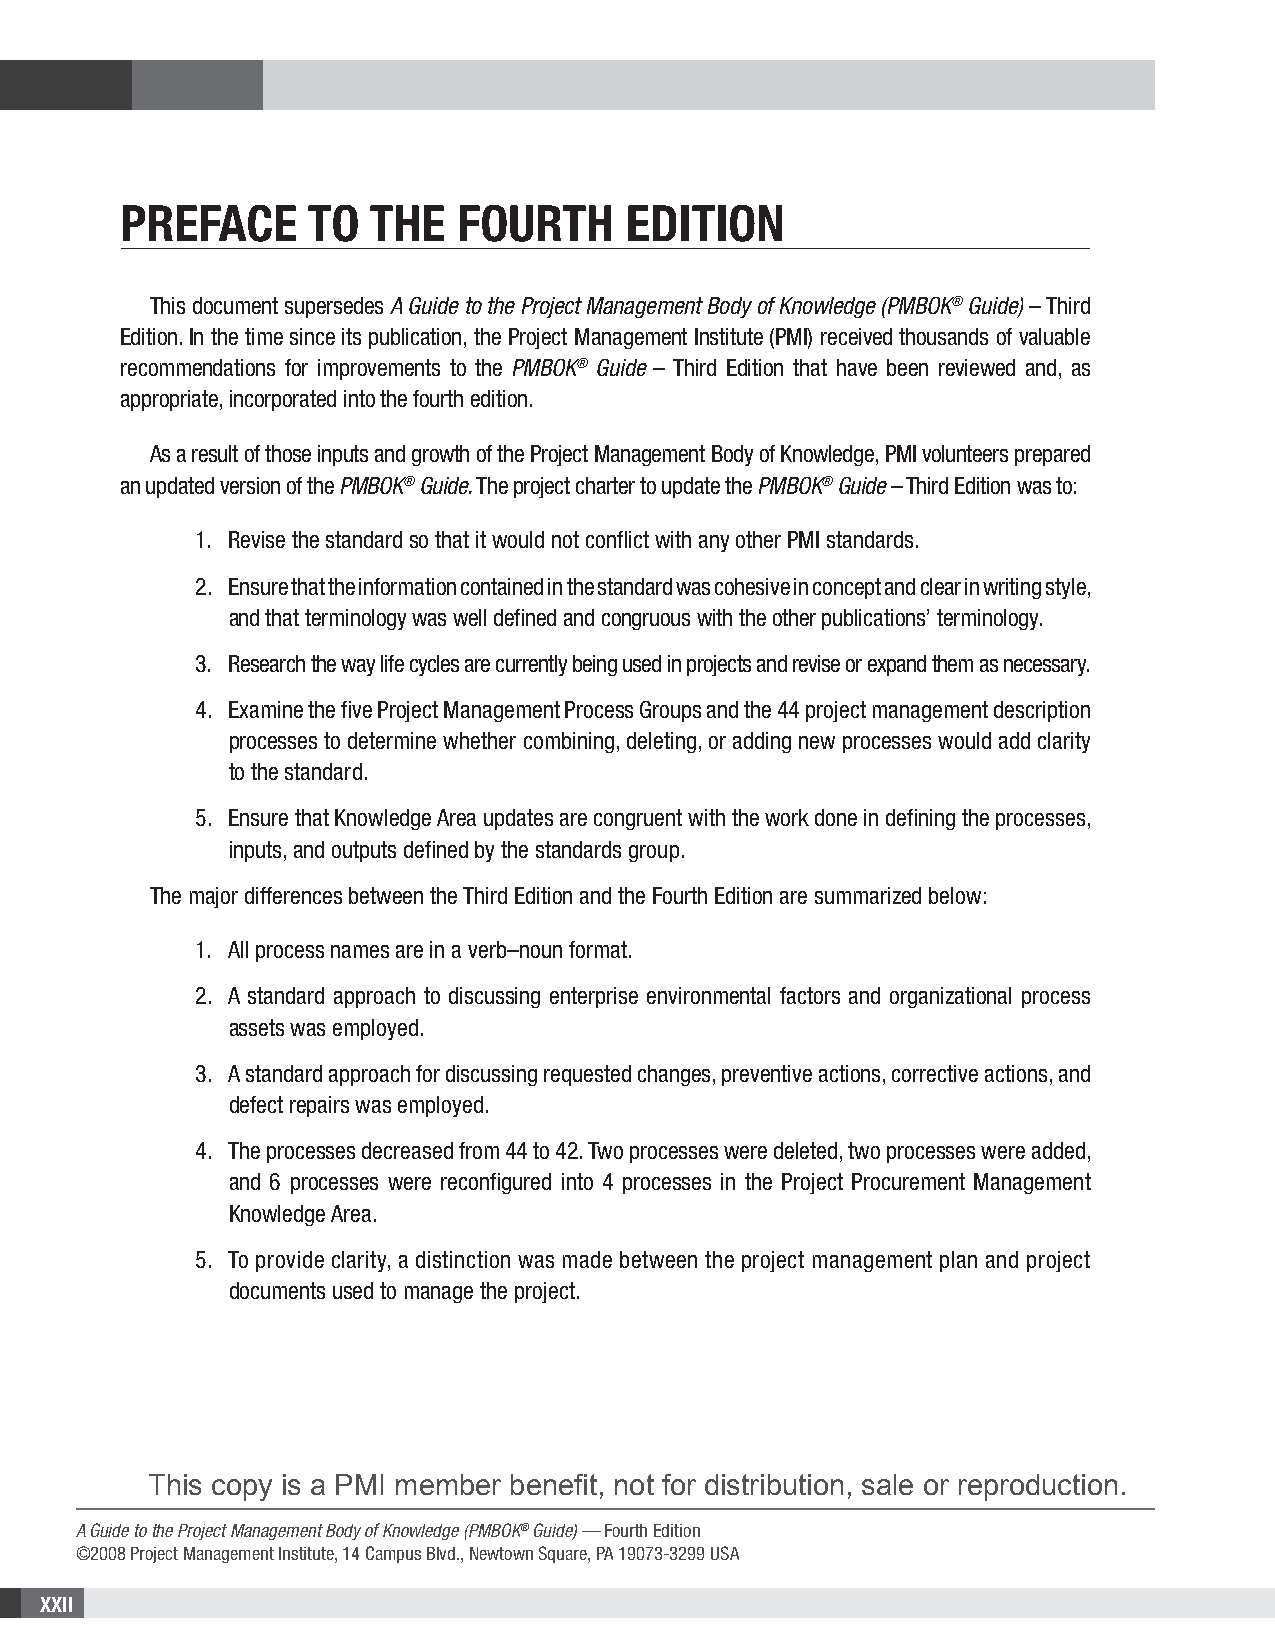
PrEfAcE      to  thE  fourth      Edition
 This document supersedes A Guide to the Project Management Body of Knowledge (PMBOK® Guide) – Third
 Edition. In the time since its publication, the Project Management Institute (PMI) received thousands of valuable
 recommendations for improvements to the PMBOK® Guide – Third Edition that have been reviewed and, as
 appropriate, incorporated into the fourth edition.
 As a result of those inputs and growth of the Project Management Body of Knowledge, PMI volunteers prepared
 an updated version of the PMBOK® Guide. The project charter to update the PMBOK® Guide – Third Edition was to:
 1. Revise the standard so that it would not conflict with any other PMI standards.
 2. Ensure that the information contained in the standard was cohesive in concept and clear in writing style,
 and that terminology was well defined and congruous with the other publications’ terminology.
 3. Research the way life cycles are currently being used in projects and revise or expand them as necessary.
 4. Examine the five Project Management Process Groups and the 44 project management description
 processes to determine whether combining, deleting, or adding new processes would add clarity
 to the standard.
 5. Ensure that Knowledge Area updates are congruent with the work done in defining the processes,
 inputs, and outputs defined by the standards group.
 The major differences between the Third Edition and the Fourth Edition are summarized below:
 1. All process names are in a verb–noun format.
 2. A standard approach to discussing enterprise environmental factors and organizational process
 assets was employed.
 3. A standard approach for discussing requested changes, preventive actions, corrective actions, and
 defect repairs was employed.
 4. The processes decreased from 44 to 42. Two processes were deleted, two processes were added,
 and 6 processes were reconfigured into 4 processes in the Project Procurement Management
 Knowledge Area.
 5. To provide clarity, a distinction was made between the project management plan and project
 documents used to manage the project.
 This copy is a PMI member benefit, not for distribution, sale or reproduction.
 A Guide to the Project Management Body of Knowledge (PMBOK® Guide) — Fourth Edition
 ©2008 Project Management Institute, 14 Campus Blvd., Newtown Square, PA 19073-3299 USA
 XXII